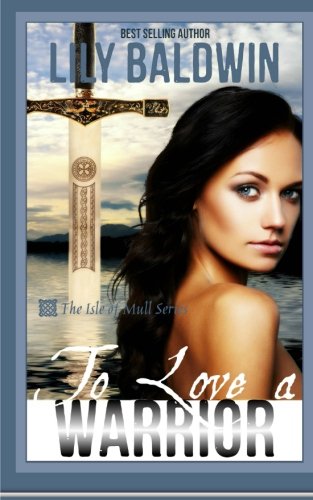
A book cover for To Love a Warrior (Isle of Mull) (Volume 3); Lily Baldwin; Romance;